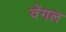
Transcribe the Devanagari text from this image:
वेंगल